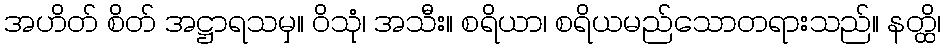
အဟိတ် စိတ် အဋ္ဌာရသမှ။ ဝိသုံ၊ အသီး။ စရိယာ၊ စရိယမည်သောတရားသည်။ နတ္ထိ၊